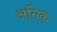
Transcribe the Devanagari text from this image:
अतिक